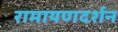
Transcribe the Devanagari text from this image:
रामायणदर्शन